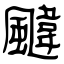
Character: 颹